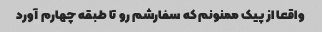
واقعا از پیک ممنونم که سفارشم رو تا طبقه چهارم آورد